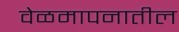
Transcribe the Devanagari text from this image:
वेळमापनातील